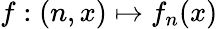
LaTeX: f:(n,x)\mapsto f_{n}(x)